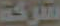
شركة